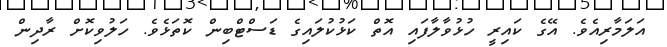
އަލަމާރިއެވެ. އޭގެ ކައިރީ ހުޅުވާލާފައި އޮތް ކަޅުކުލައިގެ ޑަސްޓްބިން ކޮތަޅެވެ. ހަލުވިކޮށް ރާދިން